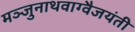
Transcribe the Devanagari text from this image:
मञ्जुनाथवाग्वैजयंती